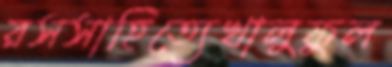
রসসাহিত্যেখালুফুল